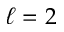
\ell = 2